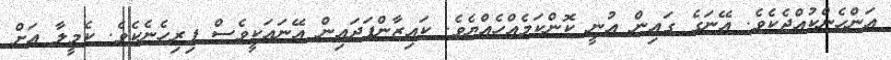
އަންހެންކުއްޖެކެވެ. އޭނަގެ ގައިން އުނީ ކޮންކަމެއްހެއްޔެވެ. ކައިޒާންފަދައިން އޭނައަކީވެސް ފިރިހެނެކެވެ. ކެމީލާ އަށް